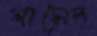
লাসেন